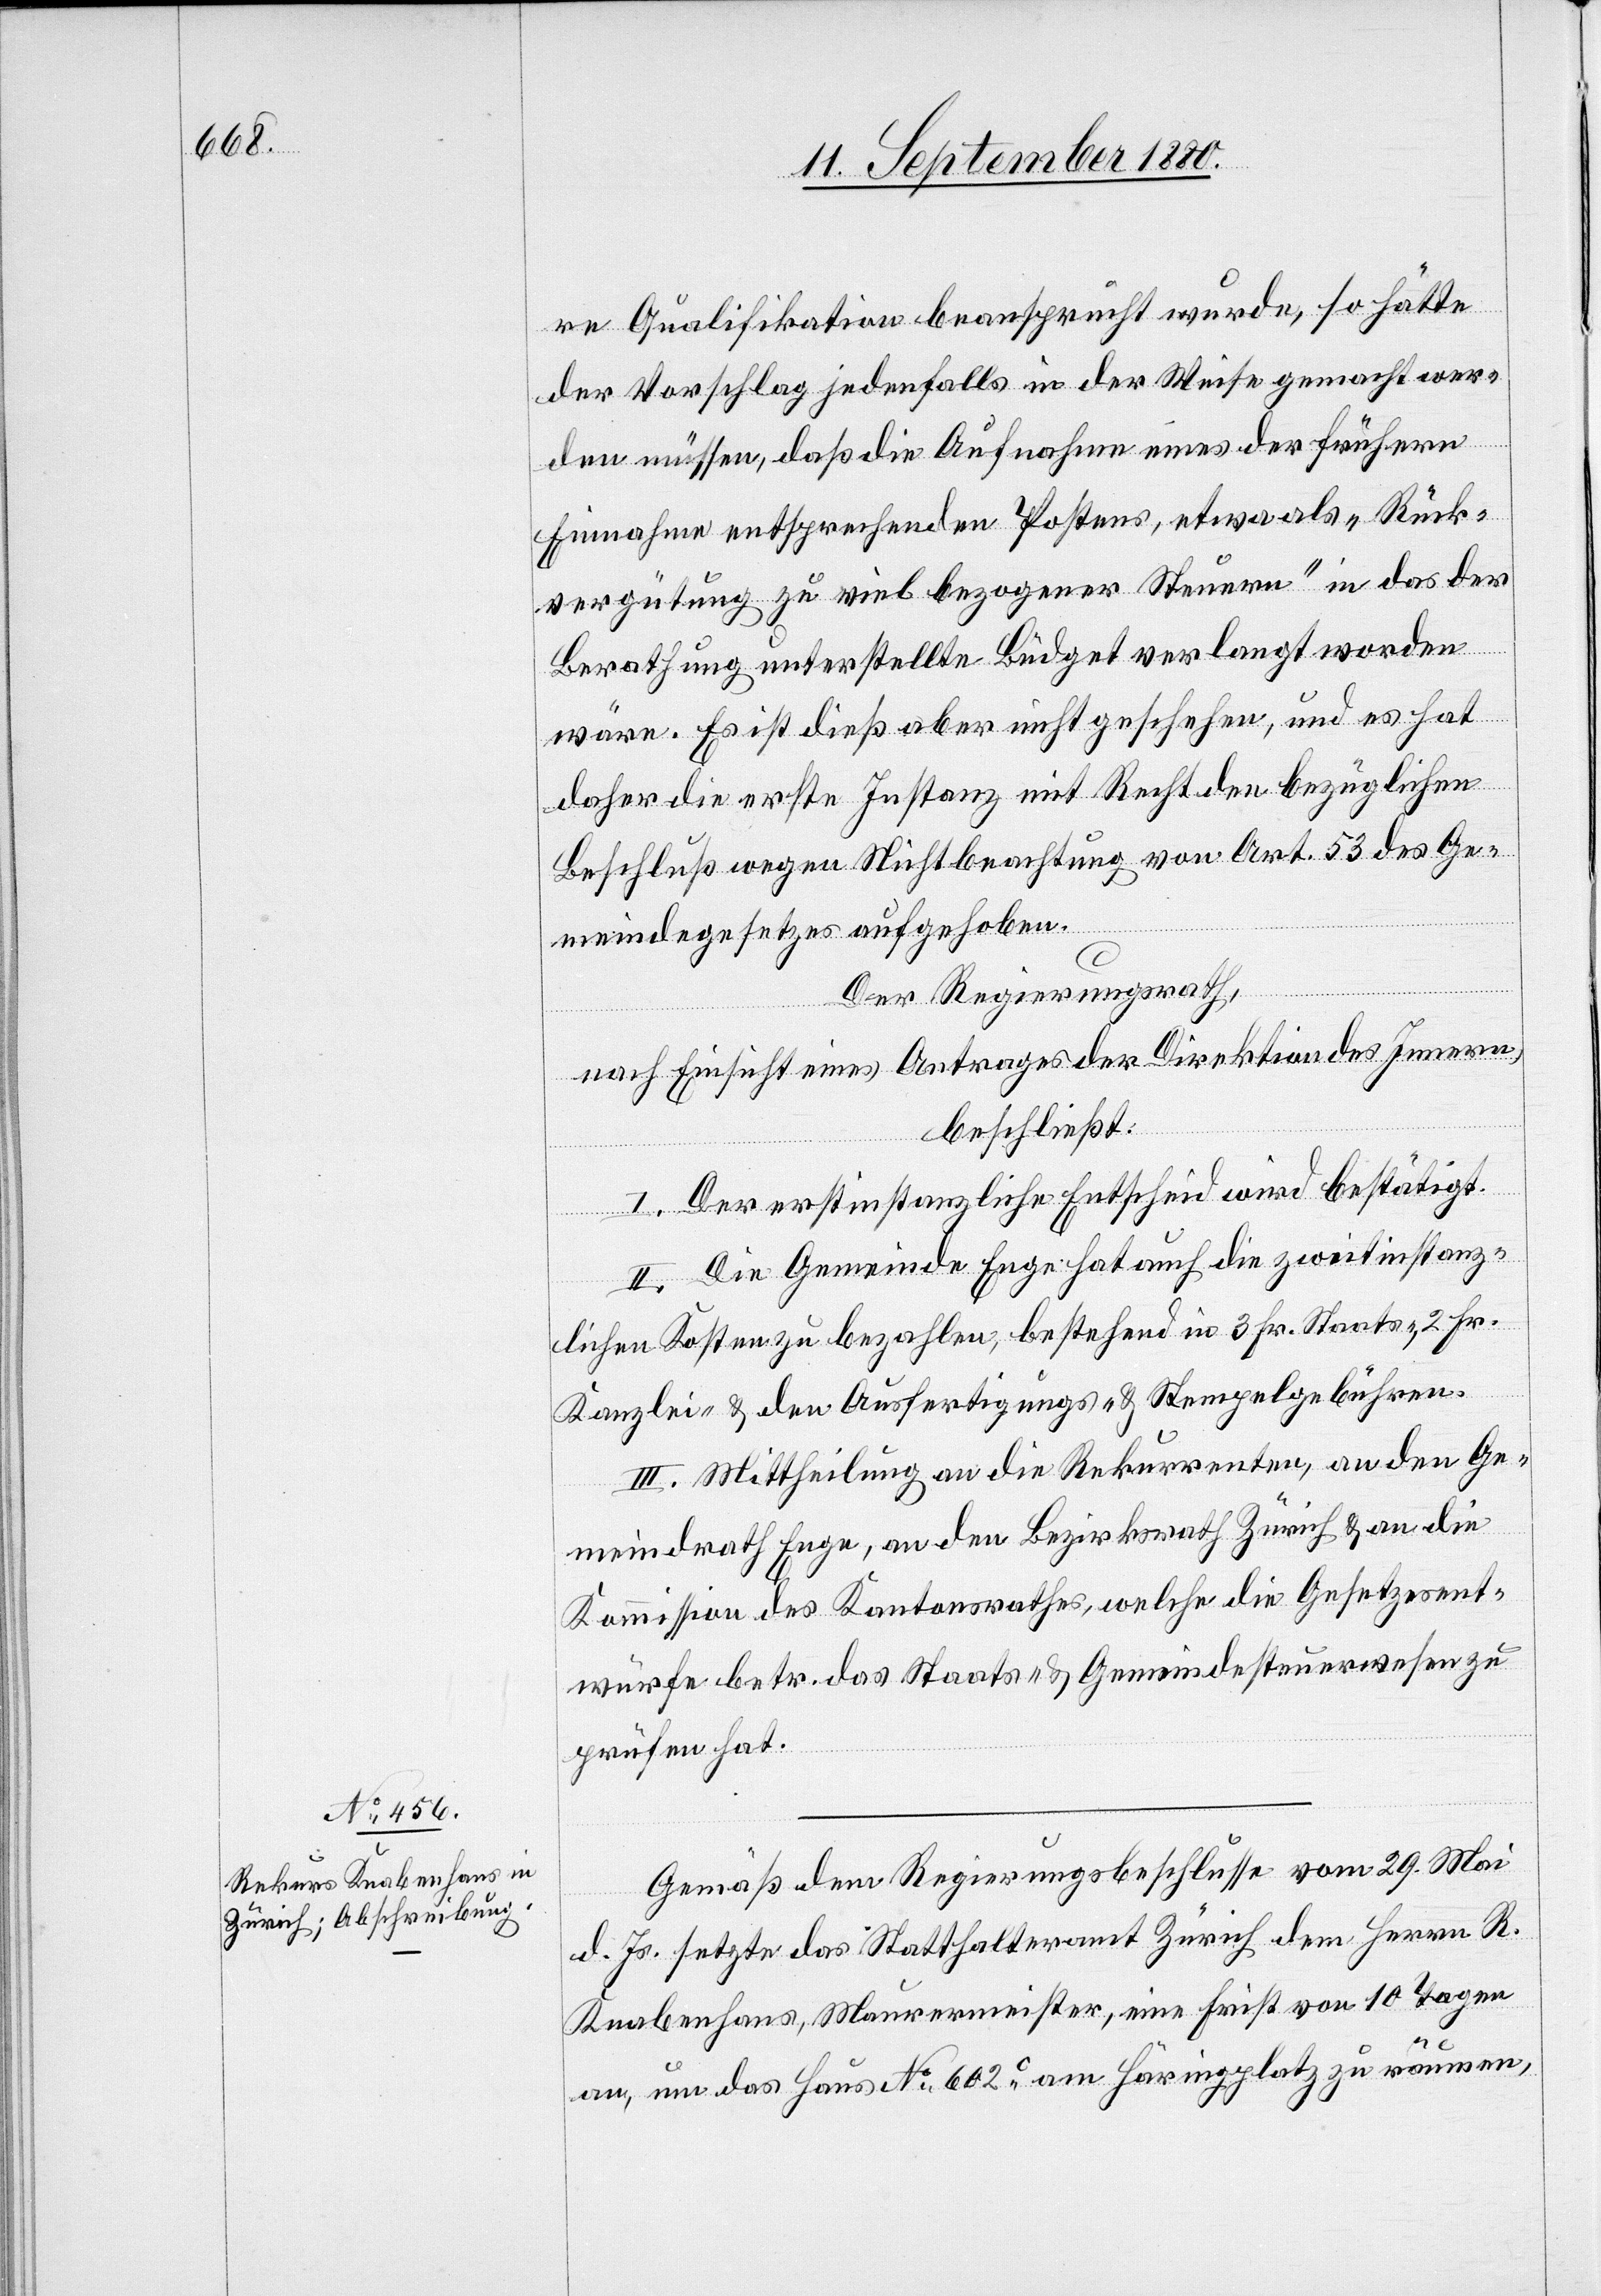
Gemäß dem Regierungsbeschlusse vom 29. Mai
d. Js. setzte das Statthalteramt Zürich dem Herrn R.
Knabenhans, Maurermeister, eine Frist von 10 Tagen
an, um das Haus No 602c am Häringplatz zu räumen,